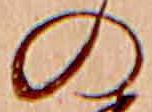
の